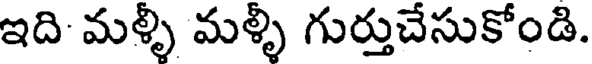
ఇది మళ్ళీ మళ్ళీ గుర్తుచేసుకోండి.